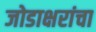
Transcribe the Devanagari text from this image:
जोडाक्षरांचा